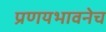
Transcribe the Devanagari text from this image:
प्रणयभावनेच